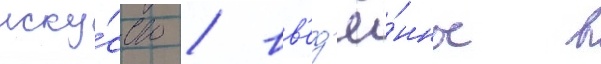
иску́сство / вв'ед'ё́нное в